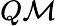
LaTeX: Q\mathcal M